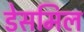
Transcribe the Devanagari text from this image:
डेसमिल